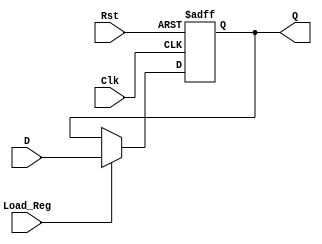
`timescale 1ns / 1ps
//////////////////////////////////////////////////////////////////////////////////
// Company: 
// Engineer: 
// 
// Design Name: 
// Module Name: gpio_reg
// Project Name: 
// Target Devices: 
// Tool Versions: 
// Description: 
// 
// Dependencies: 
// 
// Revision:
// Revision 0.01 - File Created
// Additional Comments:
// 
//////////////////////////////////////////////////////////////////////////////////

// Used for gpO1 and gpO2
module gpio_reg #(parameter w = 32) (
        input   wire    [w-1:0] D,
        input   wire            Clk, Rst,
        input   wire            Load_Reg,
        output  reg     [w-1:0] Q
    );
    
    always @ (posedge Clk, posedge Rst) begin
        if (Rst)
            Q <= 0;
        else if (Load_Reg)
            Q <= D;
        else 
            Q <= Q;
    end
endmodule